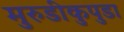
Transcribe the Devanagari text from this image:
मुरुडीकुपुडा